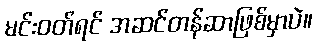
မင်းဝတ်ရင် အဆင်တန်ဆာဖြစ်မှာပဲ။